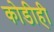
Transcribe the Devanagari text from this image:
कोडीही